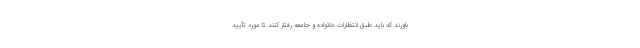
باورند که باید طبق انتظارات خانواده و جامعه رفتار کنند تا مورد تأیید